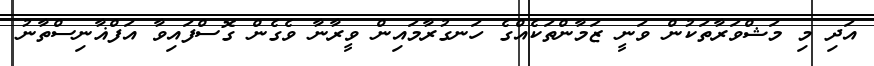
އަދި މި މަޝްވަރާތަކުން ވަނީ ޒަމާންތަކެއްގެ ހަނގުރާމައިން ވީރާނާ ވެގެން ގޮސްފައިވާ އަފްޣާނިސްތާނު